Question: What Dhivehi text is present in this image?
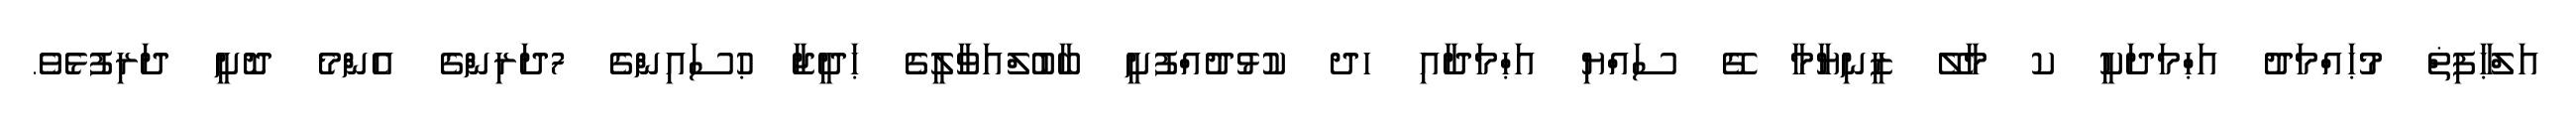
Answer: އަލްޙާފިޡް މުޙައްމަދު އަޙްމަދަކީ ކ މާލޭ ޒީނިޔާމާ ގޭ ސައްޔި އަޙްމަދާއި ހދ ކުޅުދުއްފުށީ ބާބުލްއަވާލީގެ ޙަދީޖާ ޙުސައިންގެ 7ދަރިންގެ އެންމެ ދޮށީ ދަރިފުޅެވެ.